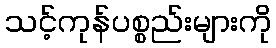
သင့်ကုန်ပစ္စည်းများကို